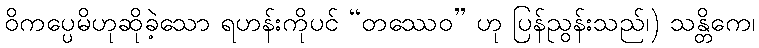
ဝိကပ္ပေမိဟုဆိုခဲ့သော ရဟန်းကိုပင် “တဿေဝ” ဟု ပြန်ညွန်းသည်၊) သန္တိကေ၊